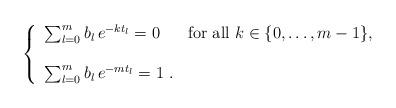
LaTeX: \begin{align*}\left\{\begin{array}{lll}\sum_{l=0}^{m} b_l\,e^{-kt_l}=0&\mbox{for all $k\in\{0,\ldots,m-1\}$},\\\\\sum_{l=0}^m b_l\,e^{-mt_l}=1 \,\, .\end{array}\right.\end{align*}